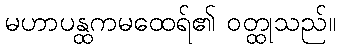
မဟာပန္ထကမထေရ်၏ ဝတ္ထုသည်။